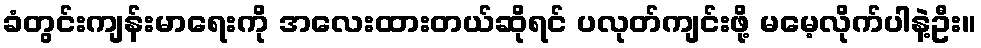
ခံတွင်းကျန်းမာရေးကို အလေးထားတယ်ဆိုရင် ပလုတ်ကျင်းဖို့ မမေ့လိုက်ပါနဲ့ဦး။